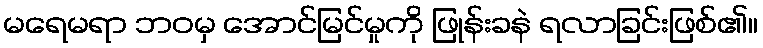
မရေမရာ ဘဝမှ အောင်မြင်မှုကို ဖြုန်းခနဲ ရလာခြင်းဖြစ်၏။